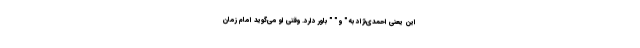
این یعنی احمدی‌نژاد به " و " " باور دارد. وقتی او می‌گوید امام زمان